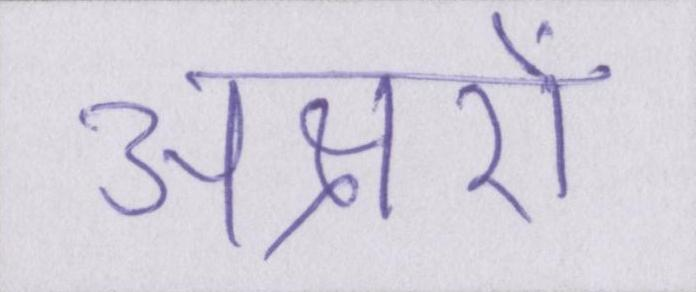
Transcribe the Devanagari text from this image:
अक्षरों